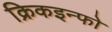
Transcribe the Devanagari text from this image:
क्रिकइन्फो